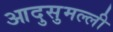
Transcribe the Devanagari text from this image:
आदुसुमल्ली